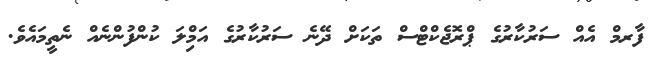
ފާރމް އެއް ސަރުކާރުގެ ޕްރޮޖެކްޓްސް ތަކަށް ދޭނެ ސަރުކާރުގެ އަމިްލަ ކުންފުންނެއް ނެތީމައެވެ.